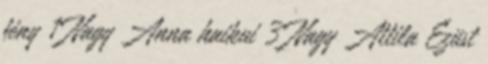
fény 1 Nagy Anna haikui 3 Nagy Attila Ezüst